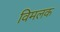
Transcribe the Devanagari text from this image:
विमलक